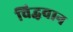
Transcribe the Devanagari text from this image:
विद्धवान